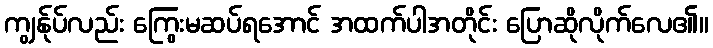
ကျွန်ုပ်လည်း ကြွေးမဆပ်ရအောင် အထက်ပါအတိုင်း ပြောဆိုလိုက်လေ၏။